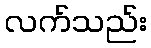
လက်သည်း